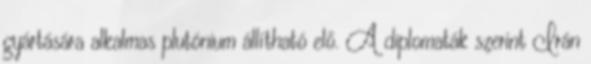
gyártására alkalmas plutónium állítható elő. A diplomaták szerint Irán